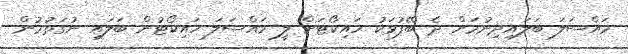
މައްސަލަ ބަލައިދިނުމަށް ދެ ބޭފުޅަކު ހައިކޯޓަށް ލީ މައްސަލަ ހައިކޯޓުން ބަލައި ނުގަތުމުން